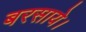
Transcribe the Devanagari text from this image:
बरसाये।